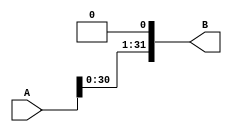
`timescale 1ns / 1ps



module nl_shift #(parameter n  = 32)
(
    input  [n-1:0] A,
    output [n-1:0] B
 );
 
 assign B = {A[n-2:0] , 1'b0 };
  
endmodule